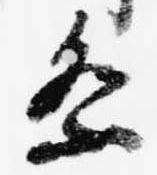
祭